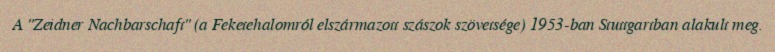
A "Zeidner Nachbarschaft" (a Feketehalomról elszármazott szászok szövetsége) 1953-ban Stuttgartban alakult meg.